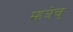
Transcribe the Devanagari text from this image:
म्हञेच्